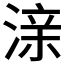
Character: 𰜜